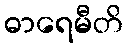
ဓာရေမီတိ